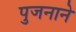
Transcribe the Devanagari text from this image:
पुजनाने